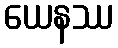
ယေနဿ